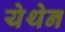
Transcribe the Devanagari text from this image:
येथेन